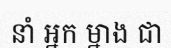
នាំ អ្នក ម្នាង ជា